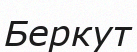
Беркут